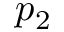
p _ { 2 }